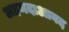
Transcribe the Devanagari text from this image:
अहमदाआबद